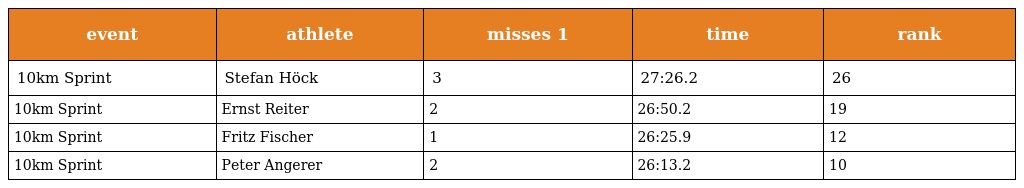
| event | athlete | misses 1 | time | rank |
 | --- | --- | --- | --- | --- |
 | 10km Sprint | Stefan Höck | 3 | 27:26.2 | 26 |
 | 10km Sprint | Ernst Reiter | 2 | 26:50.2 | 19 |
 | 10km Sprint | Fritz Fischer | 1 | 26:25.9 | 12 |
 | 10km Sprint | Peter Angerer | 2 | 26:13.2 | 10 |